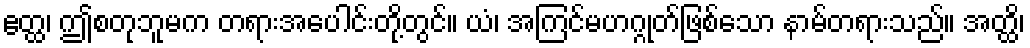
ဧတ္ထ၊ ဤစတုဘူမက တရားအပေါင်းတို့တွင်။ ယံ၊ အကြင်မဟဂ္ဂုတ်ဖြစ်သော နာမ်တရားသည်။ အတ္ထိ၊